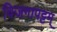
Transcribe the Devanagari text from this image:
विजगापट्टम्